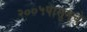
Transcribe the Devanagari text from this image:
२००५पासूनचे